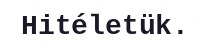
Hitéletük.